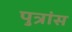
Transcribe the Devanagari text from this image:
पुत्रांस